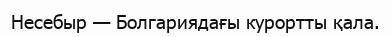
Несебыр — Болгариядағы курортты қала.